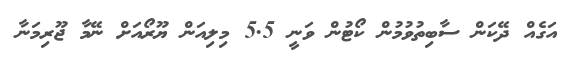
އަގެއް ދޭކަން ސާބިތުވުމުން ކޯޓުން ވަނީ 5.5 މިލިއަން ޔޫރޯއަށް ނޭމާ ޖޫރިމަނާ